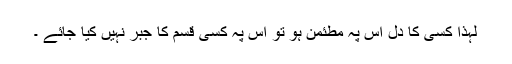
لہذا کسی کا دل اس پہ مطئمن ہو تو اس پہ کسی قسم کا جبر نہیں کیا جائے ۔